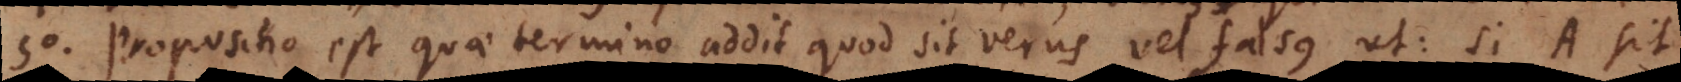
5. Propositio est quae termino addit quod sit verus vel falsus, ut: si A sit